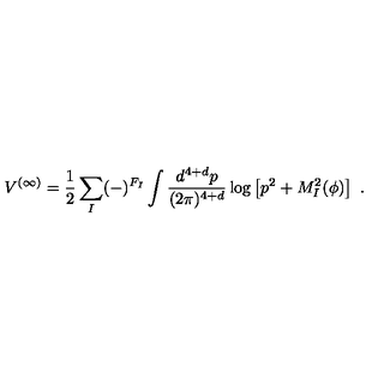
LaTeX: V ^ { ( \infty ) } = \frac { 1 } { 2 } \sum _ { I } ( - ) ^ { F _ { I } } \int \frac { d ^ { 4 + d } p } { ( 2 \pi ) ^ { 4 + d } } \log \left[ p ^ { 2 } + M _ { I } ^ { 2 } ( \phi ) \right] \ .